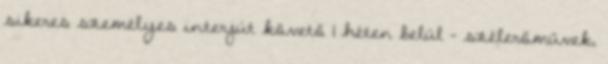
sikeres személyes interjút követő 1 héten belül - szélerőművek,